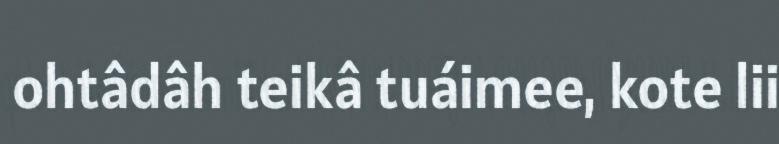
ohtâdâh teikâ tuáimee, kote lii